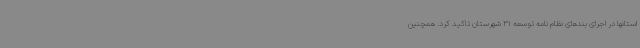
استانها در اجرای بندهای نظام نامه توسعه 31 شهرستان تاکید کرد. همچنین